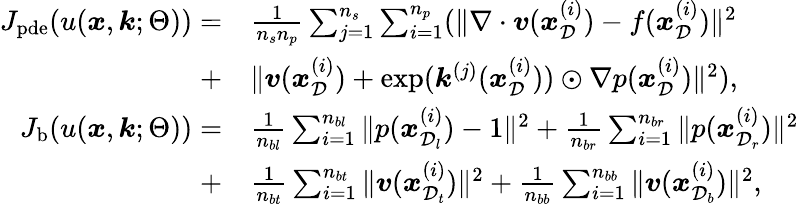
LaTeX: \begin{array}{rl}{J_{\mathrm{pde}}(u(\boldsymbol{x},\boldsymbol{k};\Theta))=}&{\frac{1}{n_{s}n_{p}}\sum_{j=1}^{n_{s}}\sum_{i=1}^{n_{p}}(\| \nabla\cdot\boldsymbol{v}(\boldsymbol{x}_{\mathcal{D}}^{(i)})-f(\boldsymbol{x}_{\mathcal{D}}^{(i)})\| ^{2}}\\ {+}&{\| \boldsymbol{v}(\boldsymbol{x}_{\mathcal{D}}^{(i)})+\exp(\boldsymbol{k}^{(j)}(\boldsymbol{x}_{\mathcal{D}}^{(i)}))\odot\nabla p(\boldsymbol{x}_{\mathcal{D}}^{(i)})\| ^{2}),}\\ {J_{\mathrm{b}}(u(\boldsymbol{x},\boldsymbol{k};\Theta))=}&{\frac{1}{n_{bl}}\sum_{i=1}^{n_{bl}}\| p(\boldsymbol{x}_{\mathcal{D}_{l}}^{(i)})-1\| ^{2}+\frac{1}{n_{br}}\sum_{i=1}^{n_{br}}\| p(\boldsymbol{x}_{\mathcal{D}_{r}}^{(i)})\| ^{2}}\\ {+}&{\frac{1}{n_{bt}}\sum_{i=1}^{n_{bt}}\| \boldsymbol{v}(\boldsymbol{x}_{\mathcal{D}_{t}}^{(i)})\| ^{2}+\frac{1}{n_{bb}}\sum_{i=1}^{n_{bb}}\| \boldsymbol{v}(\boldsymbol{x}_{\mathcal{D}_{b}}^{(i)})\| ^{2},}\end{array}